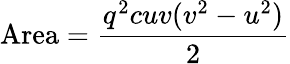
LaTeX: {\mathrm{Area}}={\frac{q^{2}cuv(v^{2}-u^{2})}{2}}